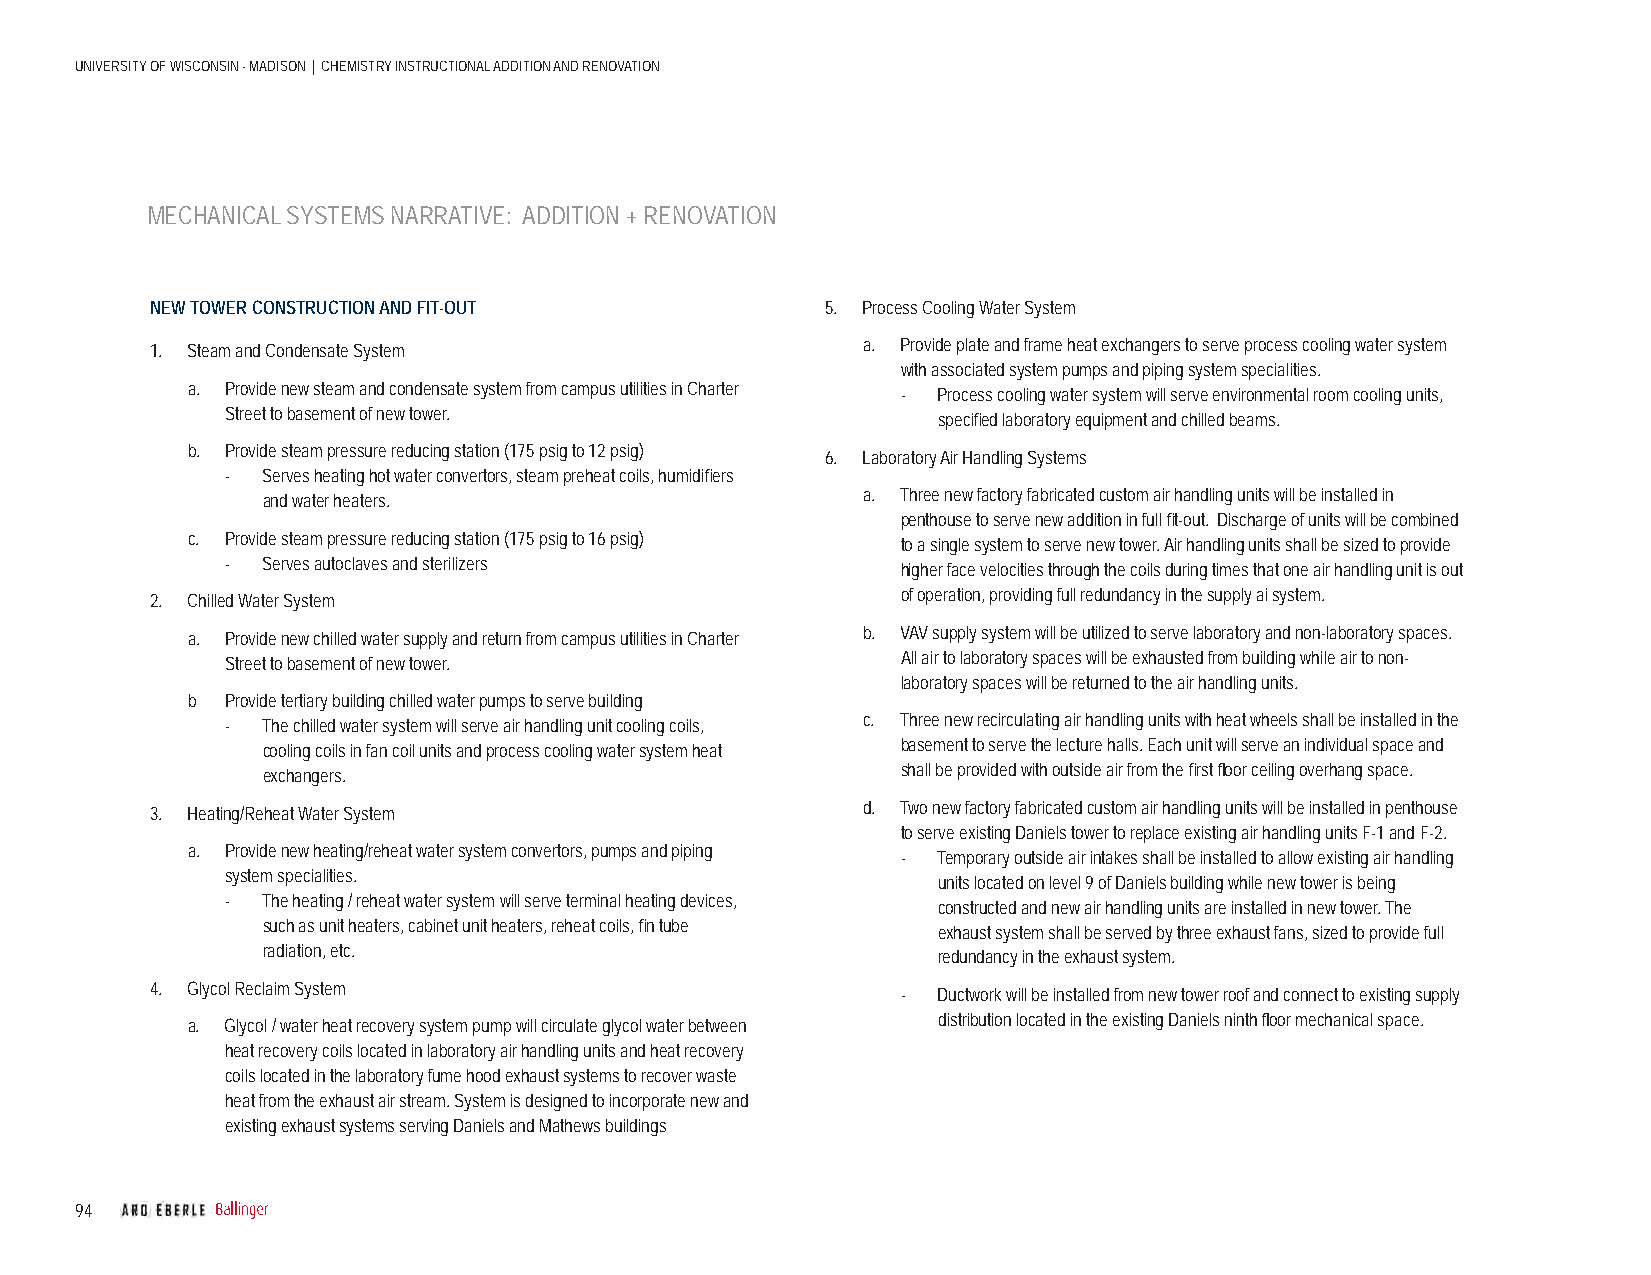
UNIVERSITY OF WISCONSIN - MADISON | CHEMISTRY INSTRUCTIONAL ADDITION AND RENOVATION
 MECHANICAL SYSTEMS NARRATIVE: ADDITION + RENOVATION
 NEW TOWER CONSTRUCTION AND FIT-OUT           5. Process Cooling Water System
 a. Provide plate and frame heat exchangers to serve process cooling water system
 1. Steam and Condensate System
 with associated system pumps and piping system specialities.
 a. Provide new steam and condensate system from campus utilities in Charter - Process cooling water system will serve environmental room cooling units,
 Street to basement of new tower.               specifi ed laboratory equipment and chilled beams.
 b. Provide steam pressure reducing station (175 psig to 12 psig) 6. Laboratory Air Handling Systems
 - Serves heating hot water convertors, steam preheat coils, humidifi ers
 a. Three new factory fabricated custom air handling units will be installed in
 and water heaters.
 penthouse to serve new addition in full fi t-out. Discharge of units will be combined
 c. Provide steam pressure reducing station (175 psig to 16 psig) to a single system to serve new tower. Air handling units shall be sized to provide
 - Serves autoclaves and sterilizers          higher face velocities through the coils during times that one air handling unit is out
 of operation, providing full redundancy in the supply ai system.
 2. Chilled Water System
 b. VAV supply system will be utilized to serve laboratory and non-laboratory spaces.
 a. Provide new chilled water supply and return from campus utilities in Charter
 All air to laboratory spaces will be exhausted from building while air to non-
 Street to basement of new tower.
 laboratory spaces will be returned to the air handling units.
 b  Provide tertiary building chilled water pumps to serve building
 c. Three new recirculating air handling units with heat wheels shall be installed in the
 - The chilled water system will serve air handling unit cooling coils,
 basement to serve the lecture halls. Each unit will serve an individual space and
 cooling coils in fan coil units and process cooling water system heat
 shall be provided with outside air from the fi rst fl oor ceiling overhang space.
 exchangers.
 d. Two new factory fabricated custom air handling units will be installed in penthouse
 3. Heating/Reheat Water System
 to serve existing Daniels tower to replace existing air handling units F-1 and F-2.
 a. Provide new heating/reheat water system convertors, pumps and piping - Temporary outside air intakes shall be installed to allow existing air handling
 system specialities.                           units located on level 9 of Daniels building while new tower is being
 - The heating / reheat water system will serve terminal heating devices, constructed and new air handling units are installed in new tower. The
 such as unit heaters, cabinet unit heaters, reheat coils, fi n tube exhaust system shall be served by three exhaust fans, sized to provide full
 radiation, etc.                              redundancy in the exhaust system.
 4. Glycol Reclaim System                          - Ductwork will be installed from new tower roof and connect to existing supply
 distribution located in the existing Daniels ninth fl oor mechanical space.
 a. Glycol / water heat recovery system pump will circulate glycol water between
 heat recovery coils located in laboratory air handling units and heat recovery
 coils located in the laboratory fume hood exhaust systems to recover waste
 heat from the exhaust air stream. System is designed to incorporate new and
 existing exhaust systems serving Daniels and Mathews buildings
 94